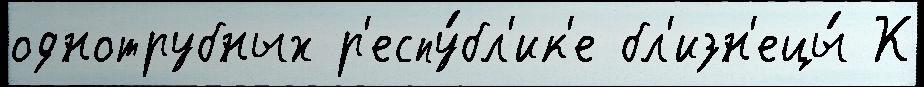
однотрубных р'еспу́бл'ик'е бл'изн'ецы́ К